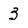
Character: 3